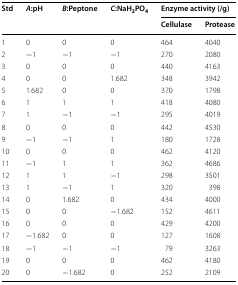
| <ROWSPAN=2> Std | <ROWSPAN=2> A:pH | <ROWSPAN=2> B:Peptone | <ROWSPAN=2> C:NaH2PO4 | <COLSPAN=2> Enzyme activity (/g) |
 | Cellulase | Protease |
 | --- | --- | --- | --- | --- | --- |
 | 1 | 0 | 0 | 0 | 464 | 4040 |
 | 2 | −1 | −1 | −1 | 270 | 2080 |
 | 3 | 0 | 0 | 0 | 440 | 4163 |
 | 4 | 0 | 0 | 1.682 | 348 | 3942 |
 | 5 | 1.682 | 0 | 0 | 370 | 1798 |
 | 6 | 1 | 1 | 1 | 418 | 4080 |
 | 7 | 1 | −1 | −1 | 295 | 4019 |
 | 8 | 0 | 0 | 0 | 442 | 4530 |
 | 9 | −1 | −1 | 1 | 180 | 1728 |
 | 10 | 0 | 0 | 0 | 462 | 4120 |
 | 11 | −1 | 1 | 1 | 362 | 4686 |
 | 12 | 1 | 1 | −1 | 298 | 3501 |
 | 13 | 1 | −1 | 1 | 320 | 398 |
 | 14 | 0 | 1.682 | 0 | 434 | 4000 |
 | 15 | 0 | 0 | −1.682 | 152 | 4611 |
 | 16 | 0 | 0 | 0 | 429 | 4200 |
 | 17 | −1.682 | 0 | 0 | 127 | 1608 |
 | 18 | −1 | −1 | −1 | 79 | 3263 |
 | 19 | 0 | 0 | 0 | 462 | 4180 |
 | 20 | 0 | −1.682 | 0 | 252 | 2109 |